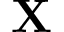
\mathbf { X }